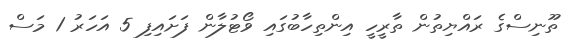
ތޫނިސްގެ ރައްޔިތުން ތާރީހީ އިންތިހާބުގައި ވޯޓުލާން ފަށައިފި 5 އަހަރު 1 މަސް